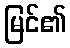
မြင်၏